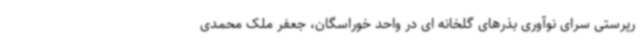
رپرستی سرای نوآوری بذرهای گلخانه ای در واحد خوراسگان، جعفر ملک محمدی